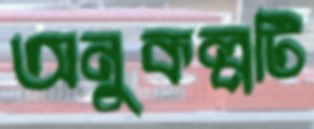
অনুকল্পটি